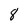
Character: 8